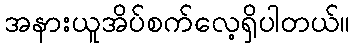
အနားယူအိပ်စက်လေ့ရှိပါတယ်။